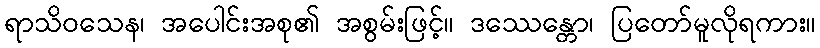
ရာသိဝသေန၊ အပေါင်းအစု၏ အစွမ်းဖြင့်။ ဒဿေန္တော၊ ပြတော်မူလိုရကား။